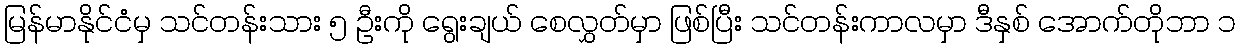
မြန်မာနိုင်ငံမှ သင်တန်းသား ၅ ဦးကို ရွေးချယ် စေလွှတ်မှာ ဖြစ်ပြီး သင်တန်းကာလမှာ ဒီနှစ် အောက်တိုဘာ ၁